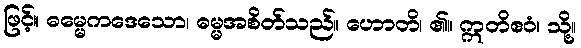
ဖြင့်။ ဓမ္မေကဒေသော၊ ဓမ္မအစိတ်သည်။ ဟောတိ၊ ၏။ ဣတိဧဝံ၊ သို့။